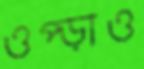
ওপ্‌ড়াও